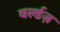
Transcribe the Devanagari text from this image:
वर्ल्डज़